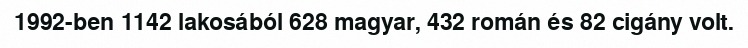
1992-ben 1142 lakosából 628 magyar, 432 román és 82 cigány volt.